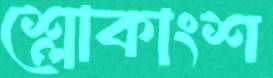
শ্লোকাংশ